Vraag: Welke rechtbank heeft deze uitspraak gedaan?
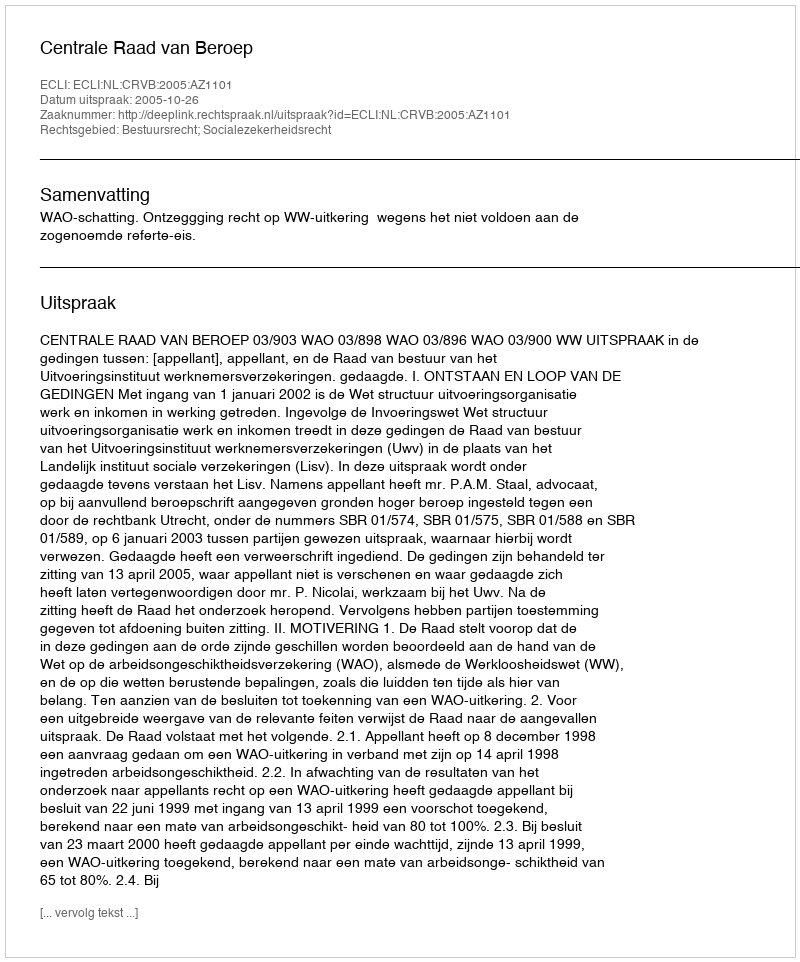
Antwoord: Centrale Raad van Beroep